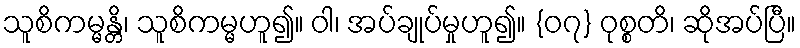
သူစိကမ္မန္တိ၊ သူစိကမ္မဟူ၍။ ဝါ၊ အပ်ချုပ်မှုဟူ၍။ {၀၇} ဝုစ္စတိ၊ ဆိုအပ်ပြီ။